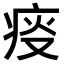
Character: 𤶌